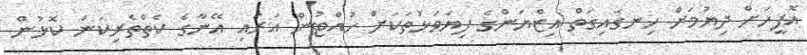
އޮފީހަށް ދިޔުމަށް ހިނގައިގަތް އިޒްޔަންގެ ފިޔަވަޅުތަކަށް ހުއްޓުން އަރައި އޭނާގެ ކެތްތެރިކަން ކޮޅުން